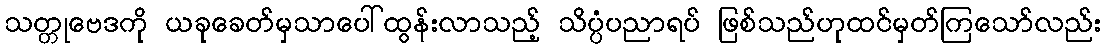
သတ္တုဗေဒကို ယခုခေတ်မှသာပေါ်ထွန်းလာသည့် သိပ္ပံပညာရပ် ဖြစ်သည်ဟုထင်မှတ်ကြသော်လည်း